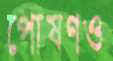
পোষণও